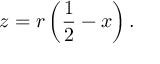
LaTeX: z = r \left( { \frac { 1 } { 2 } } - x \right) .